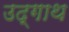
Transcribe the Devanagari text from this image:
उद्गाथ